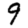
Digit: 9